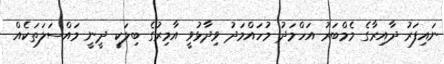
ނައިފަރު ދާއިރާގެ މެމްބަރު އަހްމަދު މުހައްމަދު ވިދާޅުވީ އާމިރުގެ ބިލަކީ ދީނީ މައްސަލަތަކެއް